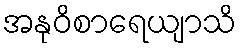
အနုဝိစာရေယျာသိ